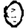
Digit: 0